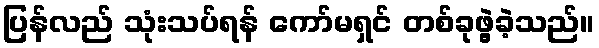
ပြန်လည် သုံးသပ်ရန် ကော်မရှင် တစ်ခုဖွဲ့ခဲ့သည်။